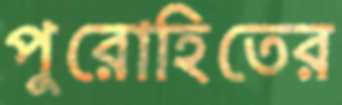
পুরোহিতের